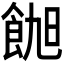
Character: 𬲑